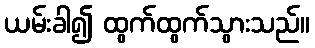
ယမ်းခါ၍ ထွက်ထွက်သွားသည်။